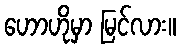
ဟောဟိုမှာ မြင်လား။